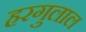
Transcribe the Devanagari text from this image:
हरगुलाल